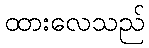
ထားလေသည်